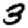
Digit: 3